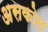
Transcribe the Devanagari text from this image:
असकोल